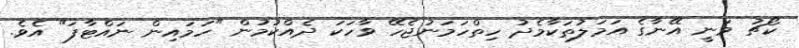
ކޯޗު ވަނީ އޭނާގެ އަމަލުތަކާމެދު ހިތްހަމަނުޖެހޭ ވާހަކަ ދެއްކުމުން "ހަމައިން ނައްޓާފަ" އެވެ.